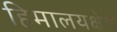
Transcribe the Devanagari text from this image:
हिमालयक्षेत्र